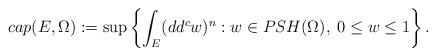
LaTeX: \begin{align*}cap(E,\Omega):= \sup\left\{\int_E (dd^cw)^n: w\in PSH(\Omega), \; 0\leq w\leq 1\right\}.\end{align*}